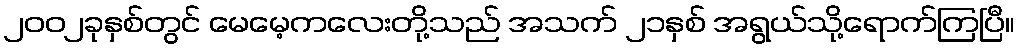
၂၀၀၂ခုနှစ်တွင် မေမေ့ကလေးတို့သည် အသက် ၂၁နှစ် အရွယ်သို့ရောက်ကြပြီ။